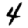
Digit: 4